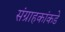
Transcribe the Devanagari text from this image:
संग्राहकांकडे